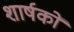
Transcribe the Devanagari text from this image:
शार्षकों